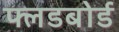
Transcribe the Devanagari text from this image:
फ्लडबोर्ड